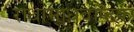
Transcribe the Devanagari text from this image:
राधामाधवाष्टक